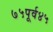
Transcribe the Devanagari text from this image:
७५पूर्व४५